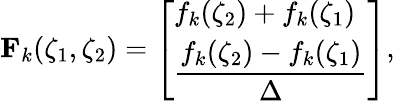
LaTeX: \mathbf F_{k}(\zeta_{1},\zeta_{2})=\left[\begin{array}{l}{f_{k}(\zeta_{2})+f_{k}(\zeta_{1})}\\ {\displaystyle\frac{f_{k}(\zeta_{2})-f_{k}(\zeta_{1})}\Delta}\end{array}\right],